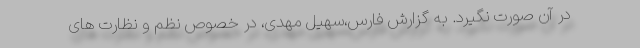
در آن صورت نگیرد. به گزارش فارس،سهیل مهدی، در خصوص نظم و نظارت های